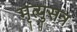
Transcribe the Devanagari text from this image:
मृत्युसत्र